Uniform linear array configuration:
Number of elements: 12
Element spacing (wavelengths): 0.5
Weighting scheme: kaiser
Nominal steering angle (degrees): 45
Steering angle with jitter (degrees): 46.662
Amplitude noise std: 0.05
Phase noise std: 0.05

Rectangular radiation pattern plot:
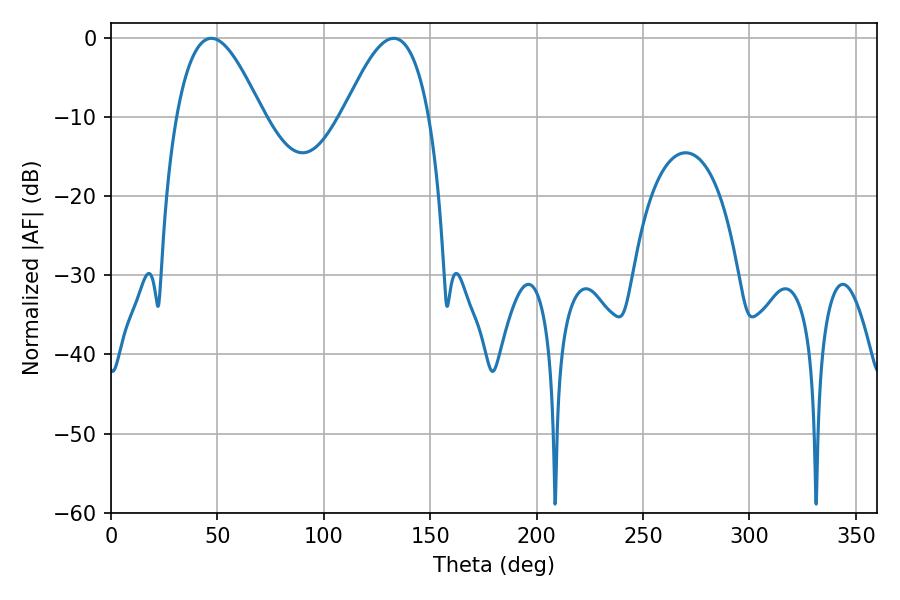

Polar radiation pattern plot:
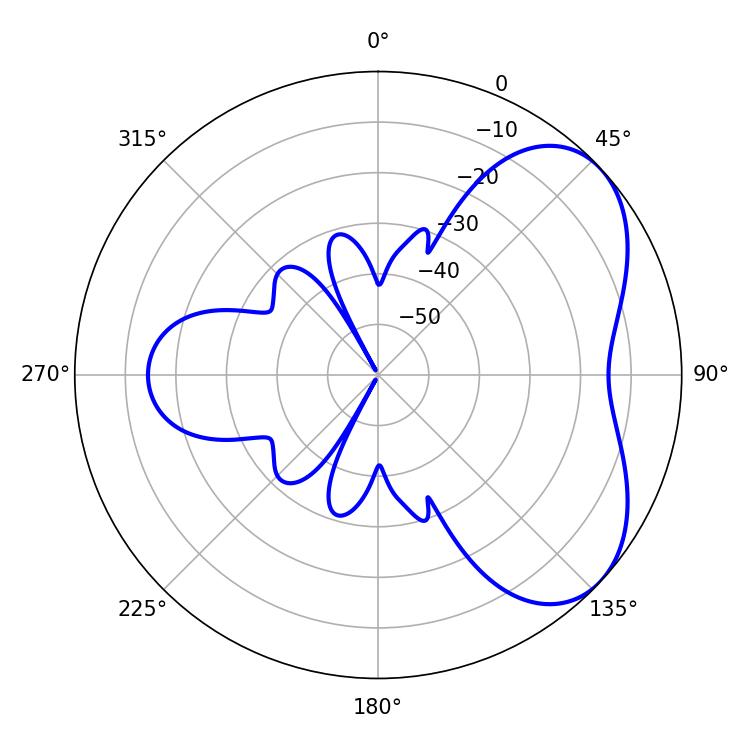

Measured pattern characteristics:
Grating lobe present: FALSE
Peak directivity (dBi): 5.037
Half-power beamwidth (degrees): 21.78
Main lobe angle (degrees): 47.16